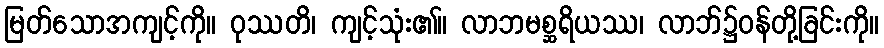
မြတ်သောအကျင့်ကို။ ဝုဿတိ၊ ကျင့်သုံး၏။ လာဘမစ္ဆရိယဿ၊ လာဘ်၌ဝန်တို့ခြင်းကို။